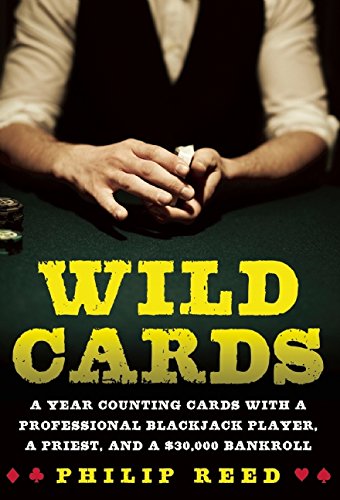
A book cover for Wild Cards: A Year Counting Cards with a Professional Blackjack Player, a Priest, and a $30,000 Bankroll; Philip Reed; Humor & Entertainment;